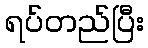
ရပ်တည်ပြီး